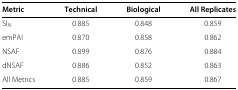
<table><thead><tr><td><b>Metric</b></td><td><b>Technical</b></td><td><b>Biological</b></td><td><b>All Replicates</b></td></tr></thead><tbody><tr><td>SI<sub><i>N</i></sub></td><td>0.885</td><td>0.848</td><td>0.859</td></tr><tr><td>emPAI</td><td>0.870</td><td>0.858</td><td>0.862</td></tr><tr><td>NSAF</td><td>0.899</td><td>0.876</td><td>0.884</td></tr><tr><td>dNSAF</td><td>0.886</td><td>0.852</td><td>0.863</td></tr><tr><td>All Metrics</td><td>0.885</td><td>0.859</td><td>0.867</td></tr></tbody></table>